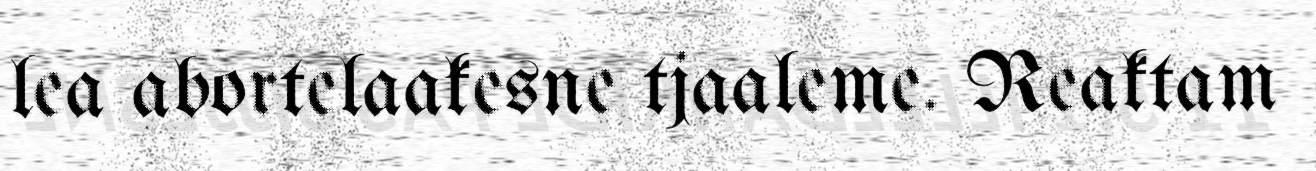
lea abortelaakesne tjaaleme. Reaktam